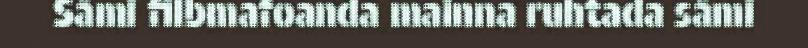
Såmi filbmafoanda mainna ruhtada såmi